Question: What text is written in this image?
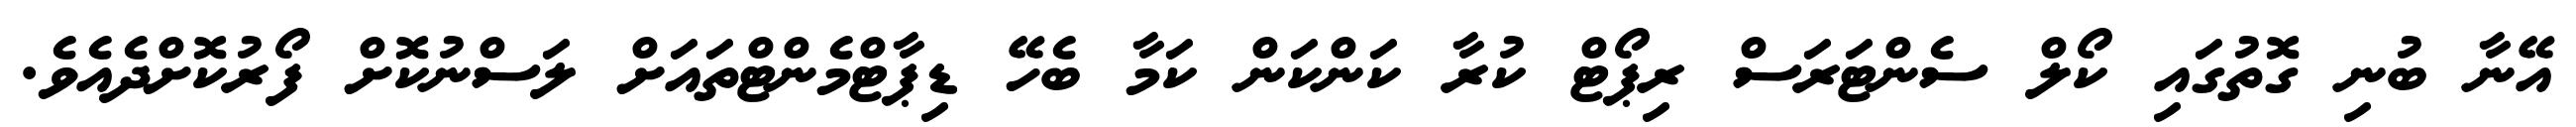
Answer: އޭނާ ބުނި ގޮތުގައި ކޯލް ސެންޓަރަސް ރިޕޯޓް ކުރާ ކަންކަން ކަމާ ބެހޭ ޑިޕާޓްމެންޓްތައަށް ލަސްނުކޮށް ފޯރުކޮށްދެއެވެ.